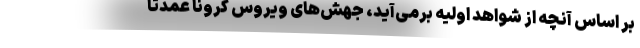
بر اساس آنچه از شواهد اولیه برمی‌‌آید، جهش‌‌های ویروس کرونا عمدتاً